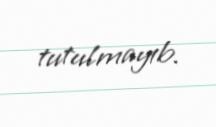
tutulmayıb.